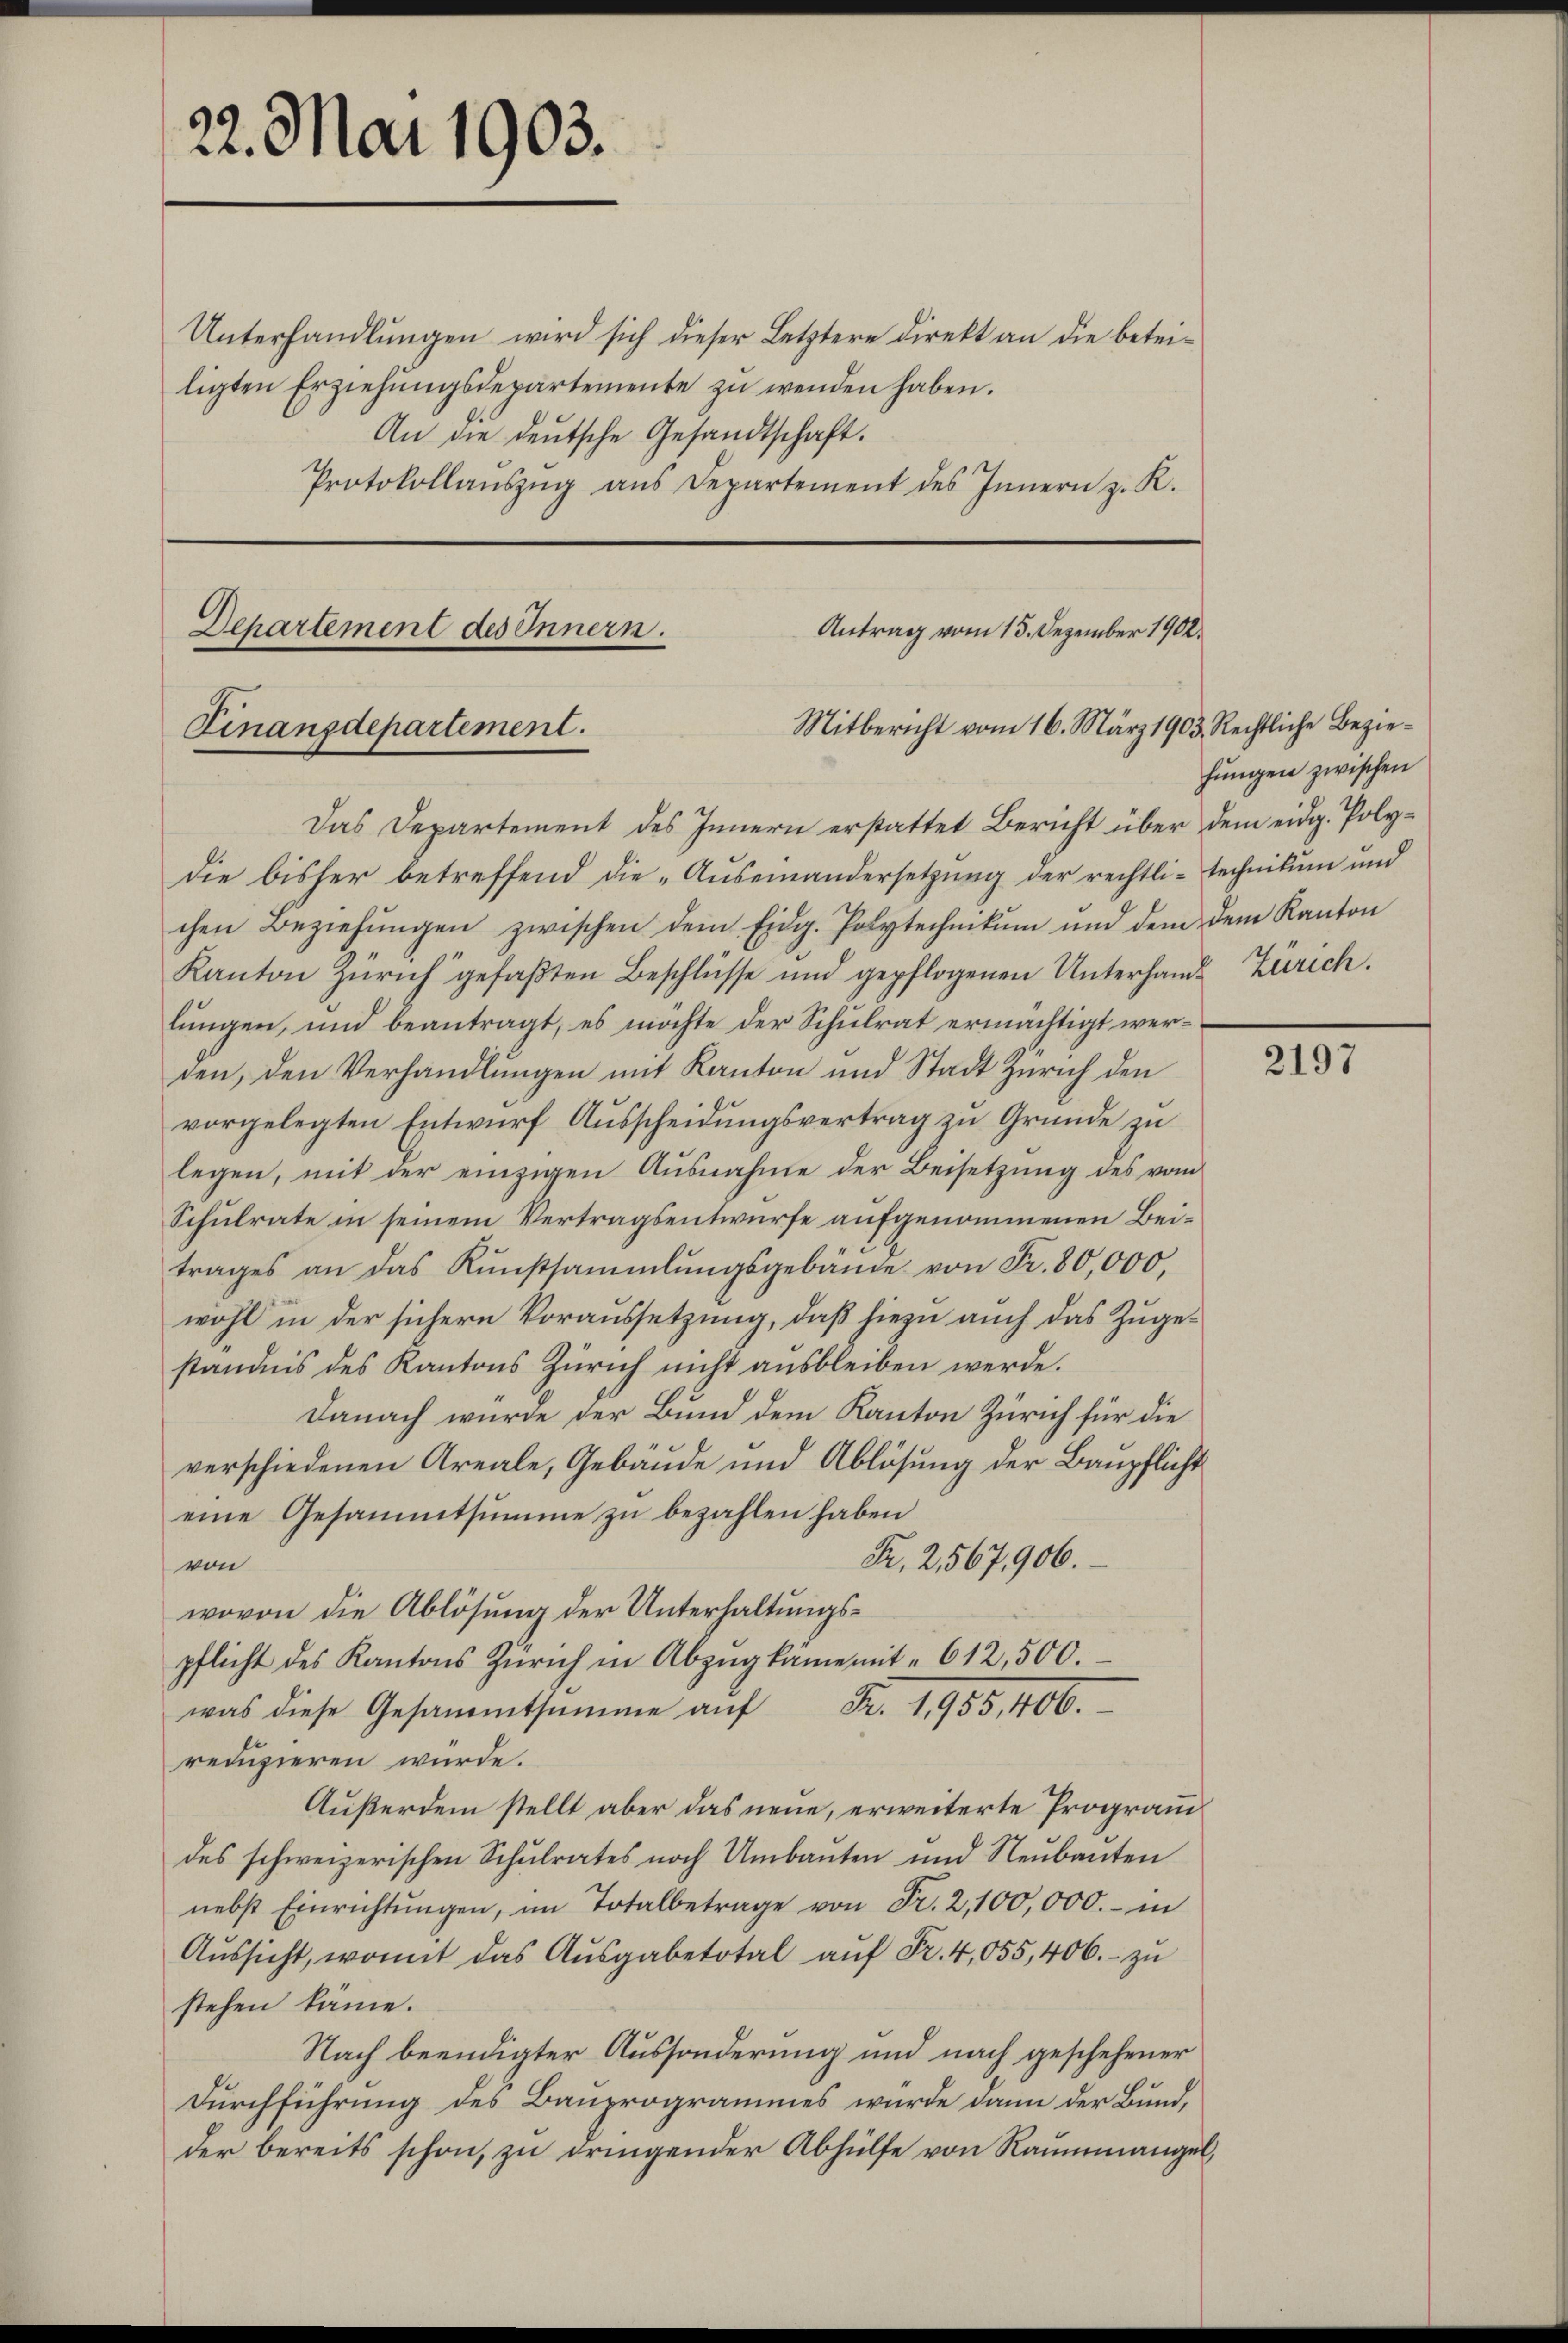
22. Mai 1903.

Unterhandlungen wird sich dieser Letztere direkt an die beteiligten Erziehŭngsdepartemente zŭ wenden haben.
An die deutsche Gesandtschaft.
Protokollaŭszŭg aŭs Departement des Innern z. R.

Antrag vom 15. Dezember 1902.
Departement des Innern.
Mitbericht vom 16. März 1903. Rechtliche Bezie¬
Finanzdepartement.
Das Departement des Innern erstattet Bericht über dem eidg. Poly¬

hungen zwischen

die bisher betreffend die „Auseinandersetzung der rechtli-technikum und
chen Beziehŭngen zwischen dem Eidg. Polytechnikum und dem dem Kanton
Kanton Zürich gefaβten Beschlüsse und gepflogenen Unterhand- Zürich.
lungen, und beantragt, es möchte der Schulrat ermächtigt werden, den Verhandlungen mit Kanton und Stadt Zürich den
vorgelegten Entwurf Ausscheidungsvertrag zu Grunde zu
legen, mit der einzigen Ausnahme der Beisetzung des vom
Schulrate in seinem Vertragsentwurfe aufgenommenen Beitrages an das Kŭnstsammlungsgebäŭde von Fr. 80,000,
wohl in der sichern Voraussetzung, daß hiezu auch das Zugeständnis des Kantons Zürich nicht ausbleiben werde.
Danach würde der Bund dem Kanton Zürich für die
verschiedenen Areale, Gebäude und Ablösung der Baupflicht
eine Gesammtsumme zu bezahlen haben
Fr. 2567,906.
von
wovon die Ablösung der Unterhaltungspflicht des Kantons Zürich in Abzŭg kame mit 612,500.
was diese Gesammtsumme aŭf Fr. 1985, 406.
reduzieren würde.
Außerdem stellt aber das neue, erweiterte Programm
des schweizerischen Schulrates noch Umbauten und Neubauten
nebst Einrichtŭngen, im Totalbetrage von Fr. 2, 100,000.- in
Aŭssicht, womit das Ausgabetotal aŭf Fr. 4,055, 406. zu
stehen käme.
Nach beendigter Aussonderung und nach geschehener
Durchführung des Bauprogrammes wurde dann der Bund,
der bereits schon, zu dringender Abhülfe von Raummangel

2197